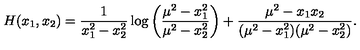
H ( x _ { 1 } , x _ { 2 } ) = \frac { 1 } { x _ { 1 } ^ { 2 } - x _ { 2 } ^ { 2 } } \log \left( \frac { \mu ^ { 2 } - x _ { 1 } ^ { 2 } } { \mu ^ { 2 } - x _ { 2 } ^ { 2 } } \right) + \frac { \mu ^ { 2 } - x _ { 1 } x _ { 2 } } { ( \mu ^ { 2 } - x _ { 1 } ^ { 2 } ) ( \mu ^ { 2 } - x _ { 2 } ^ { 2 } ) } .